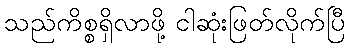
သည်ကိစ္စရှိလာဖို့ ငါဆုံးဖြတ်လိုက်ပြီ